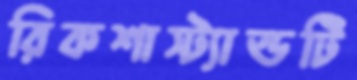
রিকশাস্ট্যান্ডটি